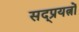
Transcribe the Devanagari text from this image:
सद्प्रयत्नों